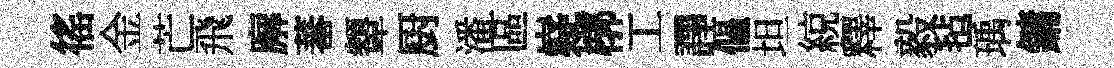
徭金芒飛廨蕃顰厨潘區嶷槨工譯傴坦綂釋毅毡瑀鏞